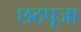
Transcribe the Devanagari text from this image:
छठपूजा